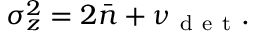
\sigma _ { z } ^ { 2 } = 2 \bar { n } + \nu _ { \mathrm { ~ d ~ e ~ t ~ } } .